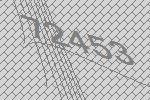
72453